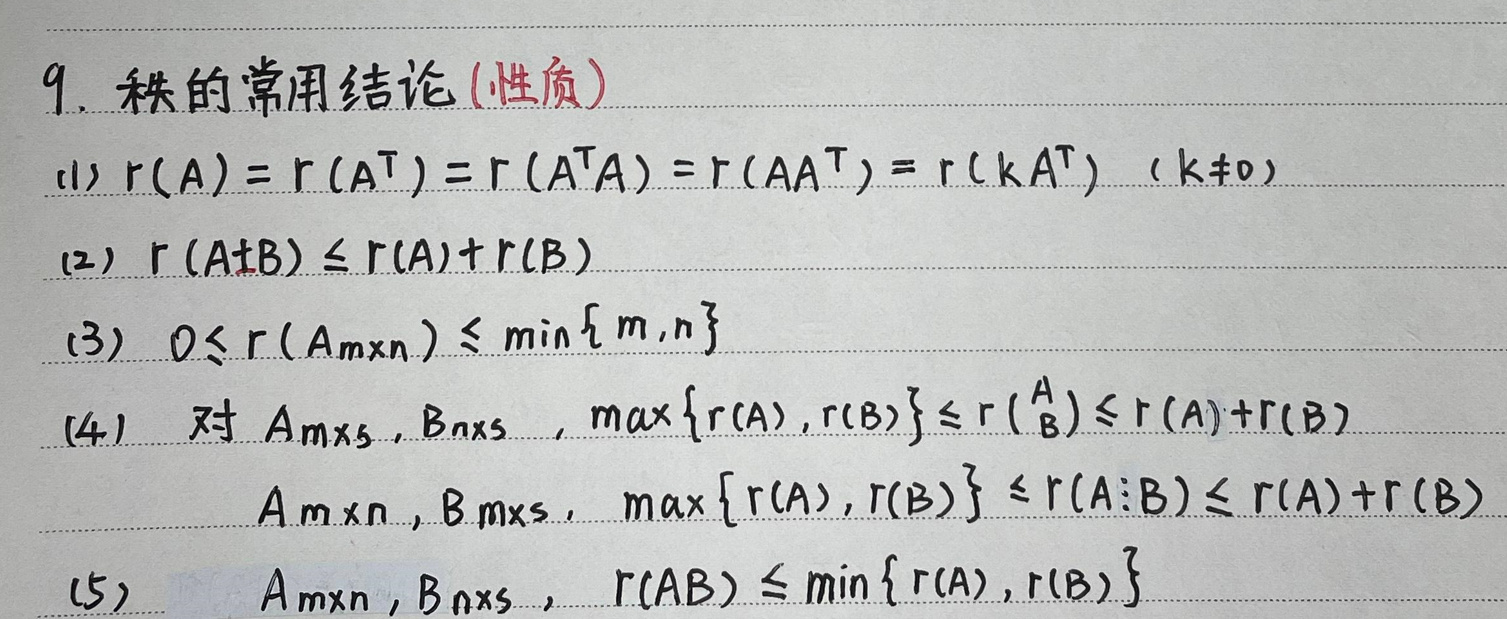
1. 秩的常用结论 (性质)
   - (1) \(r(A)=r(A^{T}) = r(A^{T}A)=r(AA^{T})=r(kA^{T})\ (k\neq0)\)
   - (2) \(r(A\pm B)\leq r(A)+r(B)\)
   - (3) \(0\leq r(A_{m\times n})\leq\min\{m,n\}\)
   - (4) 对 \(A_{m\times s},B_{n\times s}\), \(\max\{r(A),r(B)\}\leq r\left(\begin{array}{l}A\\B\end{array}\right)\leq r(A)+r(B)\)； \(A_{m\times n},B_{m\times s}\), \(\max\{r(A),r(B)\}\leq r(A\vdots B)\leq r(A)+r(B)\)
   - (5) \(A_{m\times n},B_{n\times s}\), \(r(AB)\leq\min\{r(A),r(B)\}\)